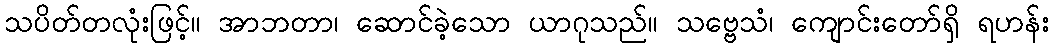
သပိတ်တလုံးဖြင့်။ အာဘတာ၊ ဆောင်ခဲ့သော ယာဂုသည်။ သဗ္ဗေသံ၊ ကျောင်းတော်ရှိ ရဟန်း